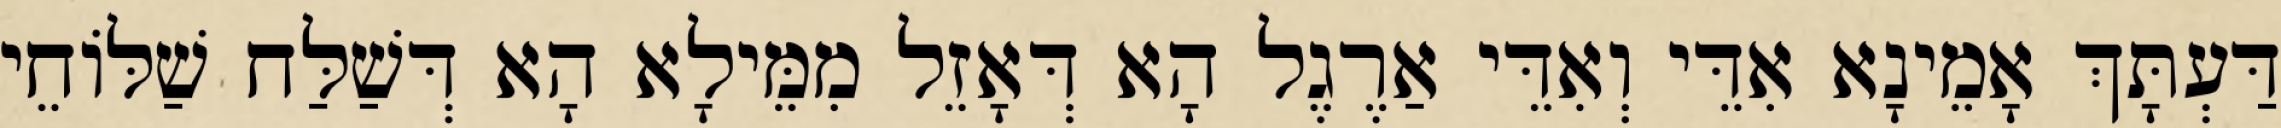
דַּעְתָּךְ אָמֵינָא אִדֵּי וְאִדֵּי אַרֶגֶל הָא דְּאָזֵל מִמֵּילָא הָא דְּשַׁלַּח שַׁלּוֹחֵי